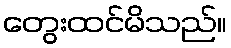
တွေးထင်မိသည်။